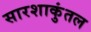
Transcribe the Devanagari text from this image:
सारशाकुंतल